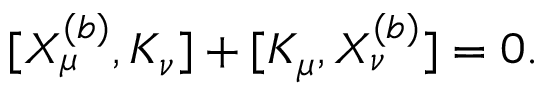
[ X _ { \mu } ^ { ( b ) } , K _ { \nu } ] + [ K _ { \mu } , X _ { \nu } ^ { ( b ) } ] = 0 .